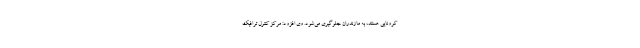
کرونایی هستند، به مازندران جلوگیری می‌شود. وی افزود: مرکز کنترل ترافیک